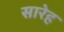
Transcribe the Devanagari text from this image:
सारेह